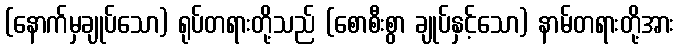
(နောက်မှချုပ်သော) ရုပ်တရားတို့သည် (စောစီးစွာ ချုပ်နှင့်သော) နာမ်တရားတို့အား